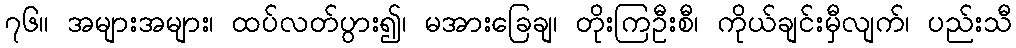
၇၆။ အများအများ၊ ထပ်လတ်ပွား၍၊ မအားခြေချ၊ တိုးကြဦးစီ၊ ကိုယ်ချင်းမှီလျက်၊ ပည်းသီ